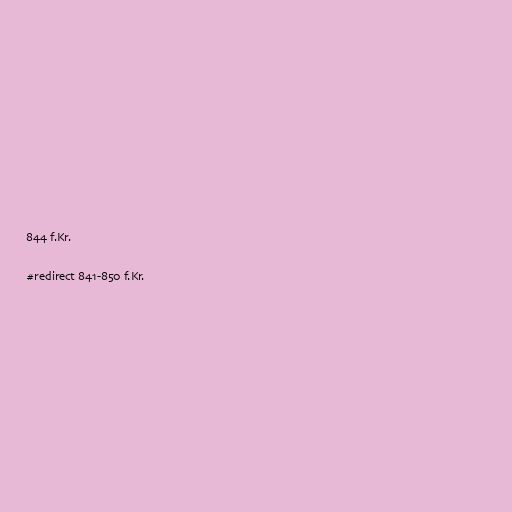
844 f.Kr.

#redirect 841-850 f.Kr.